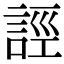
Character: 誙